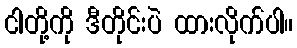
ငါတို့ကို ဒီတိုင်းပဲ ထားလိုက်ပါ။